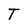
Character: T